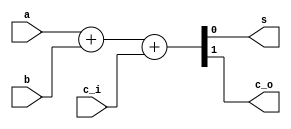
/*
 * Generated by Digital. Don't modify this file!
 * Any changes will be lost if this file is regenerated.
 */
module DIG_Add
#(
    parameter Bits = 1
)
(
    input [(Bits-1):0] a,
    input [(Bits-1):0] b,
    input c_i,
    output [(Bits - 1):0] s,
    output c_o
);
   wire [Bits:0] temp;

   assign temp = a + b + c_i;
   assign s = temp [(Bits-1):0];
   assign c_o = temp[Bits];
endmodule



module adder (
  input [7:0] A,
  input [7:0] B,
  output [7:0] S,
  output C
);
  DIG_Add #(
    .Bits(8)
  )
  DIG_Add_i0 (
    .a( A ),
    .b( B ),
    .c_i( 1'b0 ),
    .s( S ),
    .c_o( C )
  );
endmodule